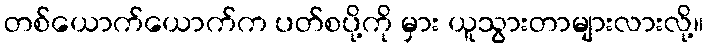
တစ်ယောက်ယောက်က ပတ်စပို့ကို မှား ယူသွားတာများလားလို့။